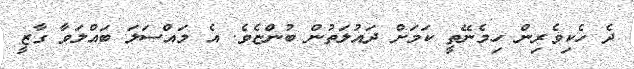
ދެ ހެކިވެރިން ހިމެނޭތީ ކަމަށް ދައުލަތުން ބުންޏެވެ. އެ މައްސަލަ ބައްލަވާ ގާޒީ